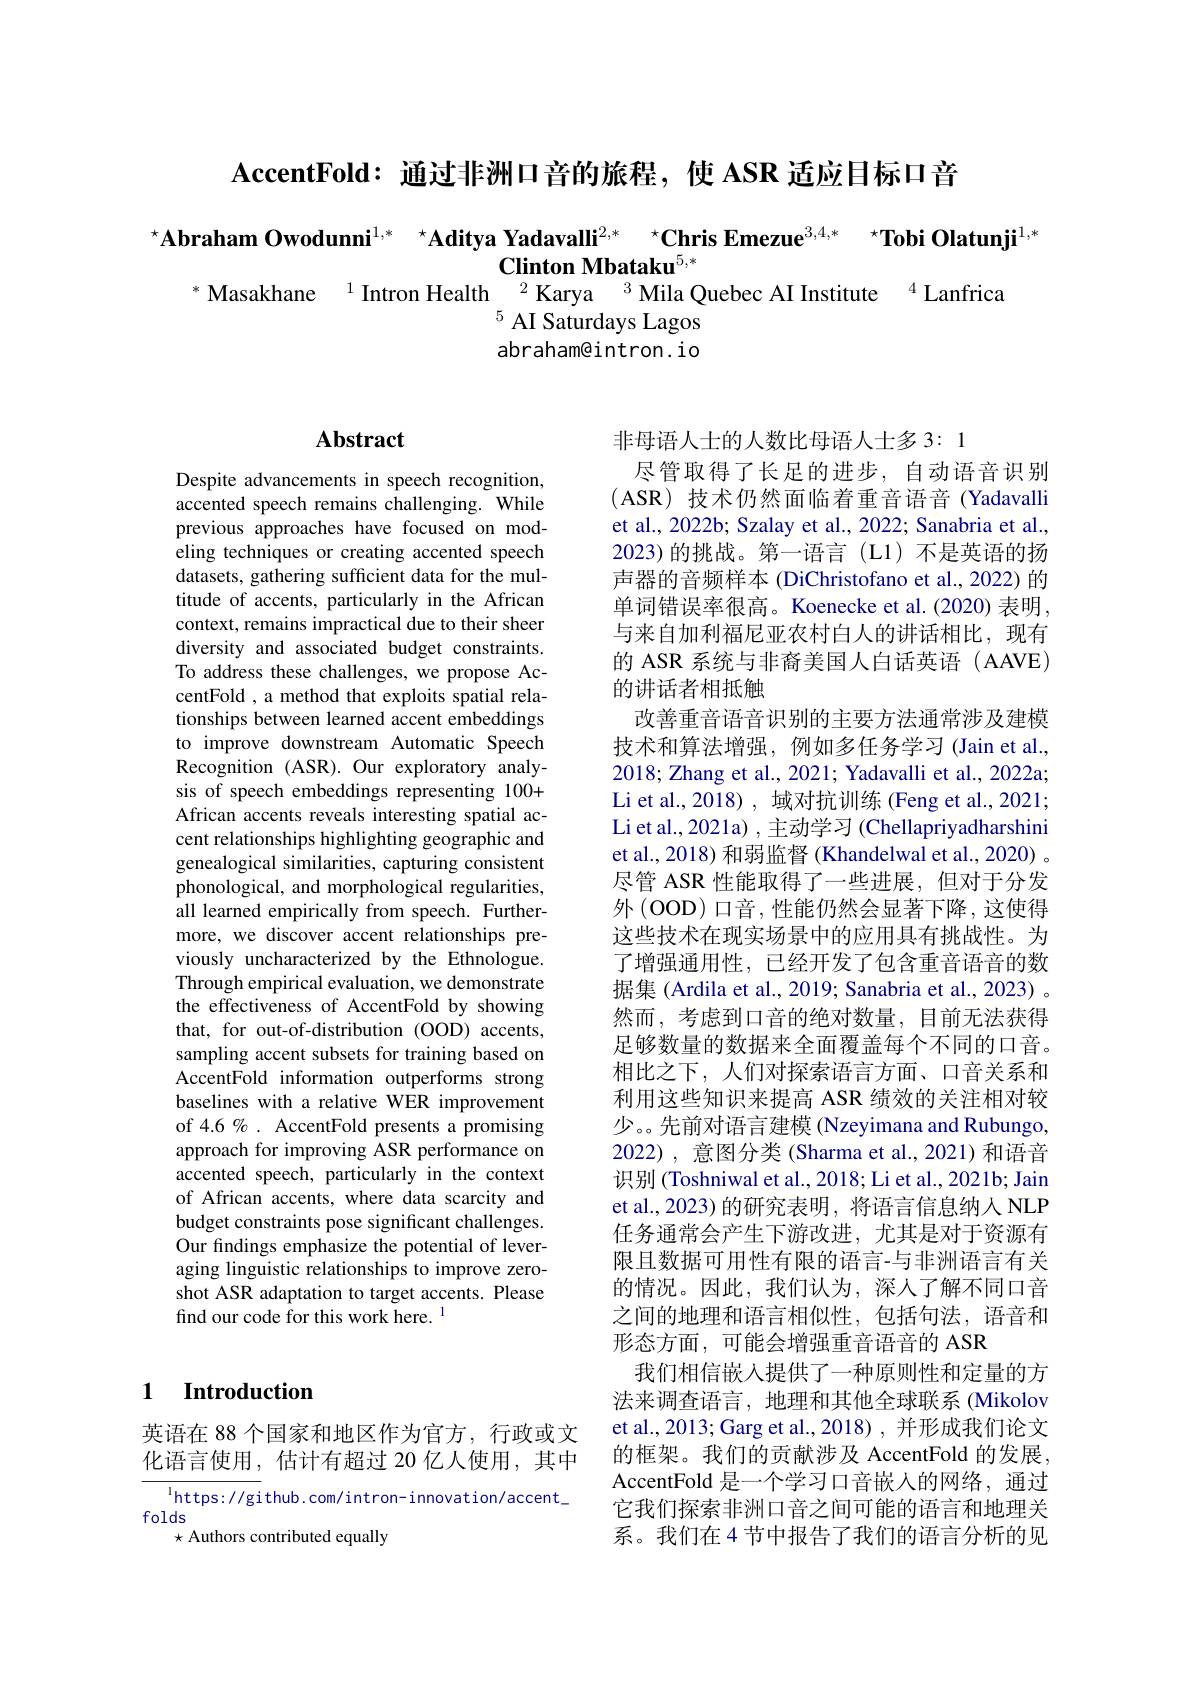
AccentFold: 通过非洲口音的旅程，使 ASR 适应目标口音

$^{\star}\textbf{Abraham Owodunni}^{1,*}\:^{\star}\textbf{Aditya Yadavalli}^{2,*}\:^{\star}\textbf{Chris Emezue}^{3,4,*}\:^{\star}\textbf{Tobi Olatunji}^{1,*}^{*}\text{Masakhane }^{1}$Intron Health$^{2}\text{Karya }^{3}$Mila Quebec AI Institute$^{4}$Lanfrica
$^{5}$ AI Saturdays Lagos abraham@intron. io

# Abstract

Despite advancements in speech recognition, accented speech remains challenging. While previous approaches have focused on modeling techniques or creating accented speech datasets, gathering sufficient data for the multitude of accents, particularly in the African context, remains impractical due to their sheer diversity and associated budget constraints. To address these challenges, we propose AccentFold , a method that exploits spatial relationships between learned accent embeddings to improve downstream Automatic Speech $\hat{\text{Recognition (ASR).Our exploratory analy-}}$ sis of speech embeddings representing 100+ African accents reveals interesting spatial accent relationships highlighting geographic and genealogical similarities, capturing consistent phonological, and morphological regularities, all learned empirically from speech. Furthermore, we discover accent relationships previously uncharacterized by the Ethnologue. Through empirical evaluation, we demonstrate the effectiveness of AccentFold by showing that, for out-of-distribution (OOD) accents, sampling accent subsets for training based on AccentFold information outperforms strong baselines with a relative WER improvement of 4.6% . AccentFold presents a promising approach for improving ASR performance on accented speech, particularly in the context of African accents, where data scarcity and budget constraints pose significant challenges. Our findings emphasize the potential of leveraging linguistic relationships to improve zeroshot ASR adaptation to target accents. Please find our code for this work here. $^{\mathrm{l}}$

## 1 Introduction

英语在 88 个国家和地区作为官方，行政或文化语言使用，估计有超过 20 亿人使用，其中

$^{\mathrm{l}}$https: //gi thub. com/intron- innovation/accent\_
folds
$\star$ Authors contributed equally

非母语人士的人数比母语人士多 3: 1
尽管取得了长足的进步，自动语音识别(ASR) 技术仍然面临着重音语音(Yadavalli et al., 2022b; Szalay et al., 2022; Sanabria et al., 2023)的挑战。第一语言(L1)不是英语的扬声器的音频样本 (DiChristofano et al., 2022) 的单词错误率很高。Koenecke et al.(2020) 表明， 与来自加利福尼亚农村白人的讲话相比，现有的 ASR 系统与非裔美国人白话英语 (AAVE) 的讲话者相抵触
改善重音语音识别的主要方法通常涉及建模技术和算法增强，例如多任务学习(Jain et al., 2018; Zhang et al., 2021; Yadavalli et al., 2022a; Li et al.,2018), 域对抗训练 (Feng et al.,2021; Li et al., 2021a) , 主动学习 (Chellapriyadharshini et al., 2018) 和弱监督 (Khandelwal et al., 2020) 。尽管 ASR 性能取得了一些进展，但对于分发外 (OOD) 口音，性能仍然会显著下降，这使得这些技术在现实场景中的应用具有挑战性。为了增强通用性，已经开发了包含重音语音的数据集 (Ardila et al., 2019; Sanabria et al., 2023) 。然而，考虑到口音的绝对数量，目前无法获得足够数量的数据来全面覆盖每个不同的口音。相比之下，人们对探索语言方面、口音关系和利用这些知识来提高 ASR 绩效的关注相对较少。。先前对语言建模 (Nzeyimana and Rubungo, 2022), 意图分类 (Sharma et al., 2021) 和语音识别 (Toshniwal et al., 2018; Li et al., 2021b; Jain et al., 2023) 的研究表明，将语言信息纳人 NLP 任务通常会产生下游改进，尤其是对于资源有限且数据可用性有限的语言-与非洲语言有关的情况。因此，我们认为，深入了解不同口音之间的地理和语言相似性，包括句法，语音和形态方面，可能会增强重音语音的 ASR
我们相信嵌入提供了一种原则性和定量的方法来调查语言，地理和其他全球联系(Mikolov et al., 2013; Garg et al., 2018) , 并形成我们论文的框架。我们的贡献涉及 AccentFold 的发展， AccentFold 是一个学习口音嵌人的网络，通过它我们探索非洲口音之间可能的语言和地理关系。我们在4节中报告了我们的语言分析的见